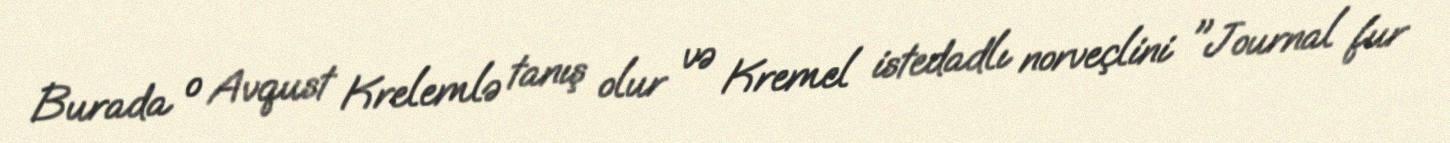
Burada o Avqust Krelemlə tanış olur və Kremel istedadlı norveçlini "Journal fur